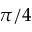
\pi / 4